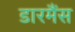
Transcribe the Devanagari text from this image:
डारमैंस